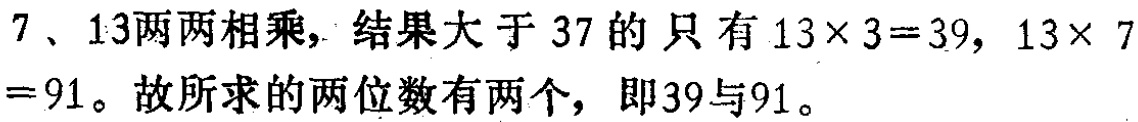
7、13两两相乘，结果大于37的只有\(13\times 3 = 39\)，\(13\times 7 = 91\)。故所求的两位数有两个，即39与91。